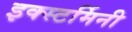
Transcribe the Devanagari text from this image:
इक्स्टर्मिनी